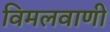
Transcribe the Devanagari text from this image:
विमलवाणी